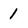
Character: 1